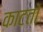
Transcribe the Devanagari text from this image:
काटतो